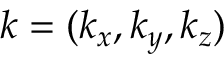
{ \boldsymbol { k } } = ( k _ { x } , k _ { y } , k _ { z } )